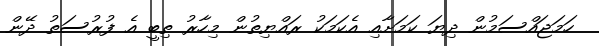
ހަމަޖައްސަމުން ދިޔަ ކަމަށާއި އެކަމަކު ރައްޔިތުން މިހާރު ތިބީ އެ ފުރުސަތު ދޭން